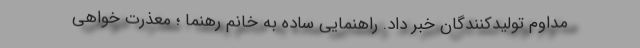
مداوم تولیدکنندگان خبر داد. راهنمایی ساده به خانم رهنما ؛ معذرت خواهی